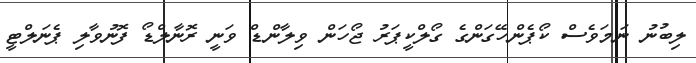
ލިބުނު ނަމަވެސް ކޯޕެންހޭގަންގެ ގޯލްކީޕަރު ޖޯހަން ވިލާންޑް ވަނީ ރޮނާލްޑޯ ފޮނުވާލި ޕެނަލްޓީ